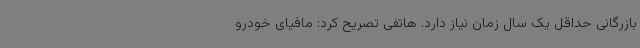
بازرگانی حداقل یک سال زمان نیاز دارد. هاتفی تصریح کرد: مافیای خودرو